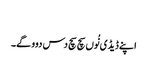
‏
اپنے ڈیڈی نُوں سچ سچ دس دوو گے۔